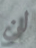
لن